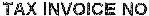
TAX INVOICE NO